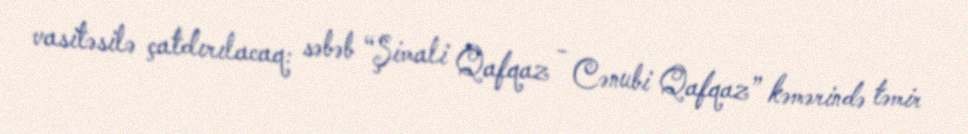
vasitəsilə çatdırılacaq: səbəb “Şimali Qafqaz - Cənubi Qafqaz” kəmərində təmir